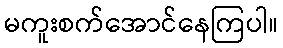
မကူးစက်အောင်နေကြပါ။